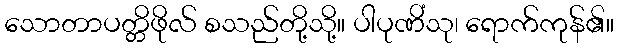
သောတာပတ္တိဖိုလ် စသည်တို့သို့။ ပါပုဏိံသု၊ ရောက်ကုန်၏။